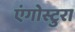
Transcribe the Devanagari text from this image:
एंगोस्टुरा